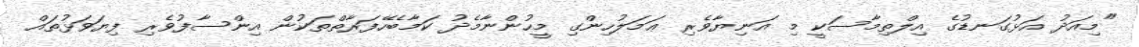
"މިއަދު އަޅުގަނޑުގެ އިލްތިމާސަކީ މި އަނިޔާވެރި ޢަމަލުހިންގި މީހުންނާމެދު ކަމާބެހޭފަރާތްތަކުން އިންސާފުވެރި ފިޔަވަޅުތައް